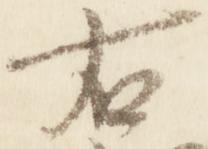
右